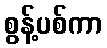
စွန့်ပစ်ကာ